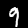
Label: 9